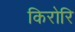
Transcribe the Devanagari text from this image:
किरोरि